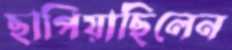
ছাপিয়াছিলেন